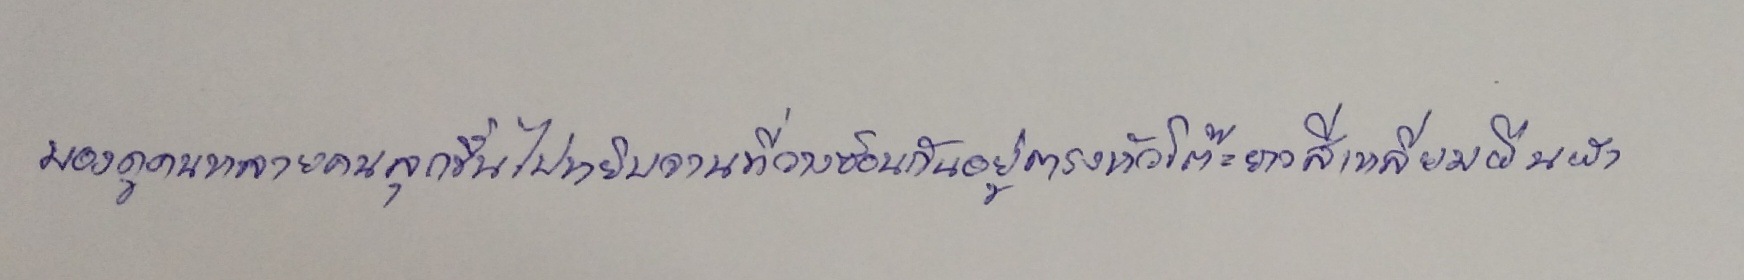
มองดูคนหลายคนลุกขึ้นไปหยิบจานที่วางซ้อนกันอยู่ตรงหัวโต๊ะยาวสี่เหลี่ยมผืนผ้า